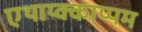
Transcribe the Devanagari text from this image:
एथाय्क्काप्पम